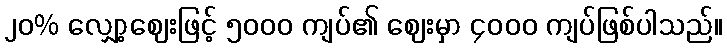
၂၀% လျှော့ဈေးဖြင့် ၅၀၀၀ ကျပ်၏ ဈေးမှာ ၄၀၀၀ ကျပ်ဖြစ်ပါသည်။